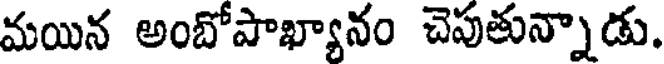
మయిన అంబోపాఖ్యానం చెపుతున్నాడు.